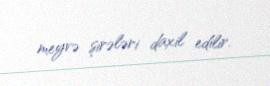
meyvə şirələri daxil edilir.